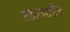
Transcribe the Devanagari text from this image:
एफ़आईए